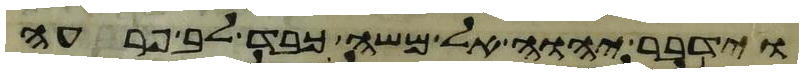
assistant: וידבר יהוה אל משה כבד לב פרעה